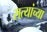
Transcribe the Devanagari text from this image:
सत्यांच्या